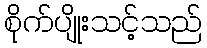
စိုက်ပျိုးသင့်သည်